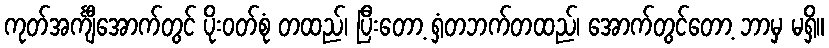
ကုတ်အင်္ကျီအောက်တွင် ပိုးဝတ်စုံ တထည်၊ ပြီးတော့ ရှံတဘက်တထည်၊ အောက်တွင်တော့ ဘာမှ မရှိ။